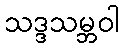
သဒ္ဒသမ္ဘဝါ